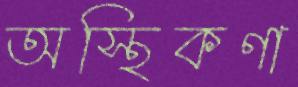
অস্থিকণা